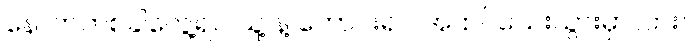
နောက်တစ်ခါတွေ့ရင် သူ့ နဲ့ တောင်းရင် အထင်သေးသွားမှာလား။